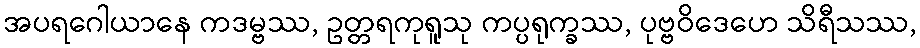
အပရဂေါယာနေ ကဒမ္ဗဿ, ဥတ္တရကုရူသု ကပ္ပရုက္ခဿ, ပုဗ္ဗဝိဒေဟေ သိရီသဿ,